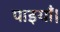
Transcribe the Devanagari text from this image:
पाइयाँ।